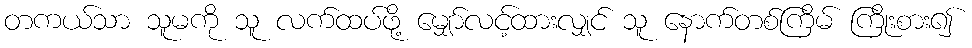
တကယ်သာ သူမကို သူ လက်ထပ်ဖို့ မျှော်လင့်ထားလျှင် သူ နောက်တစ်ကြိမ် ကြိုးစား၍